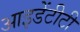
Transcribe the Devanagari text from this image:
आइडेंटीटी